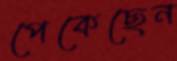
পেকেছেন